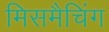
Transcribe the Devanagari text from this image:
मिसमैचिंग